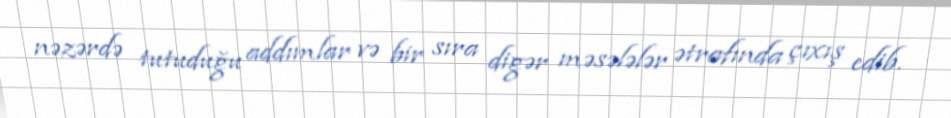
nəzərdə tutuduğu addımlar və bir sıra digər məsələlər ətrafında çıxış edib.